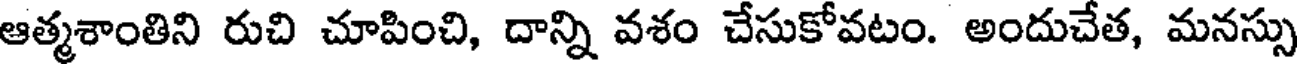
ఆత్మశాంతిని రుచి చూపించి, దాన్ని వశం చేసుకోవటం. అందుచేత, మనస్సు